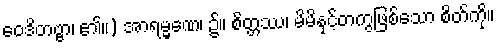
ဝေဒိတဗ္ဗာ၊ ၏။) အာရမ္မဏေ၊ ၌။ စိတ္တဿ၊ မိမိနှင့်တကွဖြစ်သော စိတ်ကို။